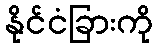
နိုင်ငံခြားကို